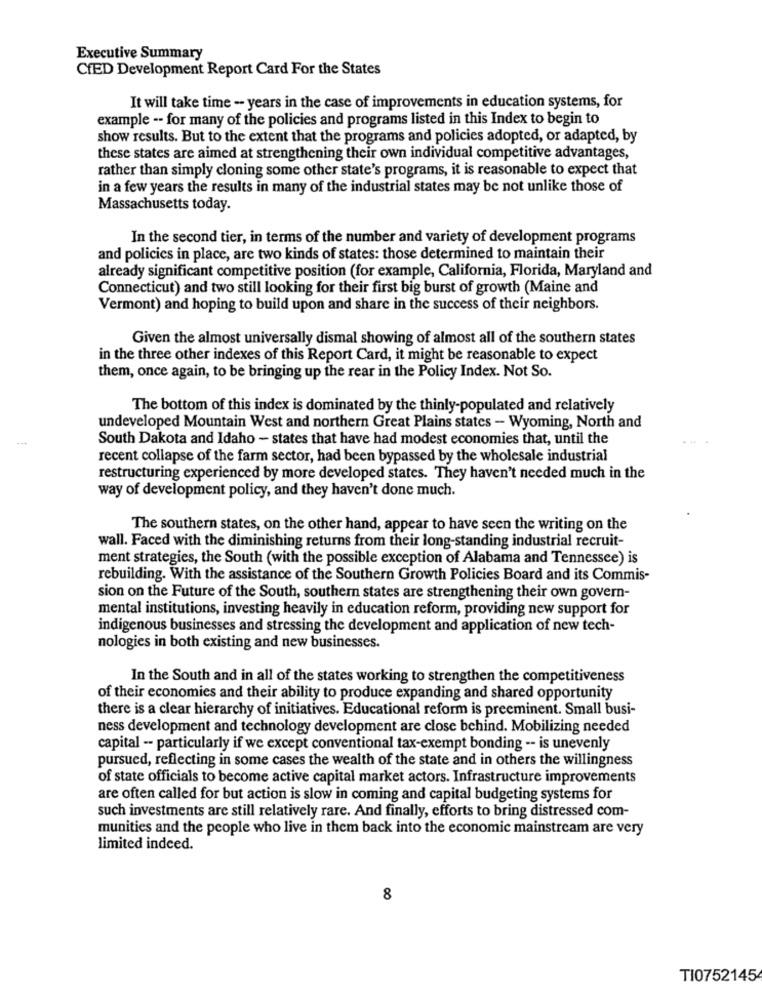
Executive Summary
CHED Development Report Card For the States
It will take time -- years in the case of improvements in education systems, for
example -- for many of the policies and programs listed in this Index to begin to
show results. But to the extent that the programs and policies adopted, or adapted, by
these states are aimed at strengthening their own individual competitive advantages,
rather than simply cloning some other state's programs, it is reasonable to expect that
in a few years the results in many of the industrial states may be not unlike those of
Massachusetts today.
In the second tier, in terms of the number and variety of development programs
and policies in place, are two kinds of states: those determined to maintain their
already significant competitive position (for example, California, Florida, Maryland and
Connecticut) and two still looking for their first big burst of growth (Maine and
Vermont) and hoping to build upon and share in the success of their neighbors.
Given the almost universally dismal showing of almost all of the southern states
in the three other indexes of this Report Card, it might be reasonable to expect
them, once again, to be bringing up the rear in the Policy Index. Not So.
The bottom of this index is dominated by the thinly-populated and relatively
undeveloped Mountain West and northern Great Plains states - Wyoming, North and
South Dakota and Idaho - states that have had modest economies that, until the
recent collapse of the farm sector, had been bypassed by the wholesale industrial
restructuring experienced by more developed states. They haven't needed much in the
way of development policy, and they haven't done much.
The southern states, on the other hand, appear to have seen the writing on the
wall. Faced with the diminishing returns from their long-standing industrial recruit-
ment strategies, the South (with the possible exception of Alabama and Tennessee) is
rebuilding. With the assistance of the Southern Growth Policies Board and its Commis-
sion on the Future of the South, southern states are strengthening their own govern-
mental institutions, investing heavily in education reform, providing new support for
indigenous businesses and stressing the development and application of new tech-
nologies in both existing and new businesses.
In the South and in all of the states working to strengthen the competitiveness
of their economies and their ability to produce expanding and shared opportunity
there is a clear hierarchy of initiatives. Educational reform is preeminent. Small busi-
ness development and technology development are close behind. Mobilizing needed
capital -- particularly if we except conventional tax-exempt bonding -- is unevenly
pursued, reflecting in some cases the wealth of the state and in others the willingness
of state officials to become active capital market actors. Infrastructure improvements
are often called for but action is slow in coming and capital budgeting systems for
such investments are still relatively rare. And finally, efforts to bring distressed com-
munities and the people who live in them back into the economic mainstream are very
limited indeed.
8
TI0752145